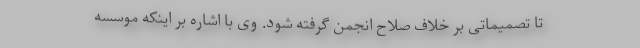
تا تصمیماتی بر خلاف صلاح انجمن گرفته شود. وی با اشاره بر اینکه موسسه